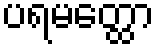
ပရမတ္ထော